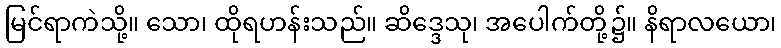
မြင်ရာကဲသို့။ သော၊ ထိုရဟန်းသည်။ ဆိဒ္ဒေသု၊ အပေါက်တို့၌။ နိရာလယော၊